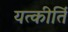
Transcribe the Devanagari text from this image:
यत्कीर्ति